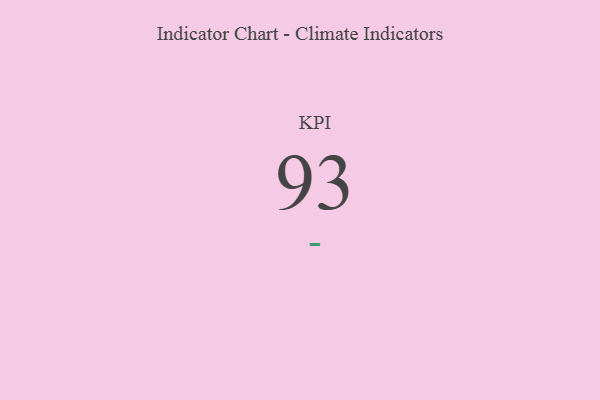
{"axis": {"x": "KPI", "y": "Value"}, "legend": [""], "data": [{"x": "KPI", "y": 93, "type": ""}]}